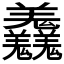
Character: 𦏱